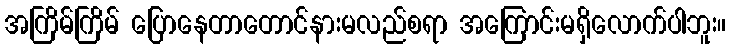
အကြိမ်ကြိမ် ပြောနေတာတောင်နားမလည်စရာ အကြောင်းမရှိလောက်ပါဘူး။